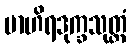
ဗာဟိရဒုက္ခသုတ္တံ